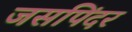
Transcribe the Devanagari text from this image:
जसपिंदर